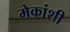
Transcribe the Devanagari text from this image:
मेकांशी